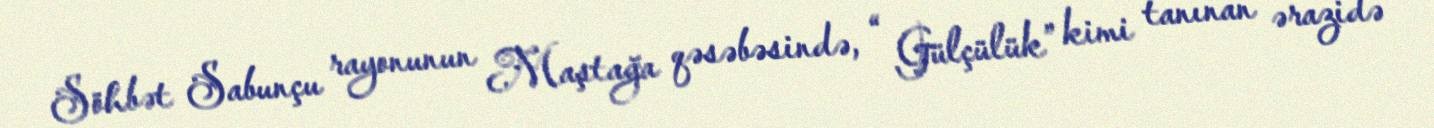
Söhbət Sabunçu rayonunun Maştağa qəsəbəsində, “ Gülçülük” kimi tanınan ərazidə